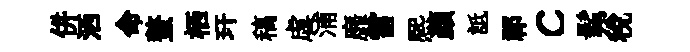
併洒命螯栖玕稿虐浦靡雷熈顔詆祁c髴稅